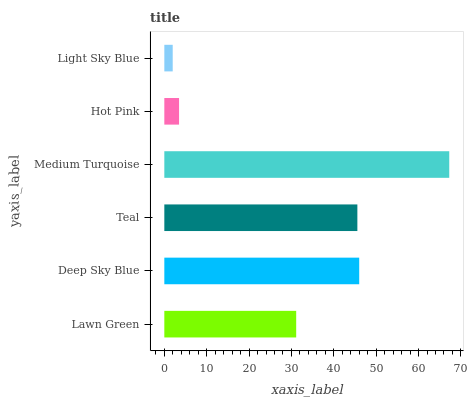
| yaxis_label | bars |
 | --- | --- |
 | Lawn Green | 31.1 |
 | Deep Sky Blue | 46 |
 | Teal | 45.6 |
 | Medium Turquoise | 67.2 |
 | Hot Pink | 3.48 |
 | Light Sky Blue | 1.98 |